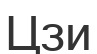
Цзи